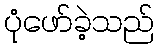
ပုံဖော်ခဲ့သည်